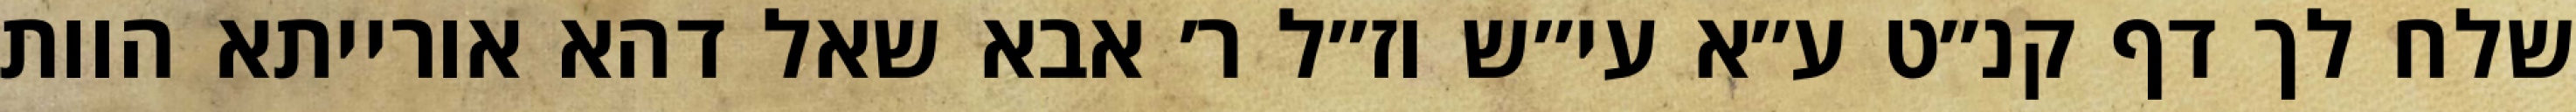
שלח לך דף קנ״ט ע״א עי״ש וז״ל ר׳ אבא שאל דהא אורייתא הוות